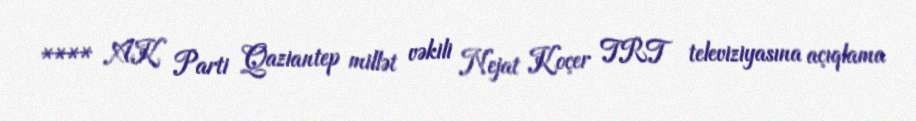
**** AK Parti Qaziantep millət vəkili Nejat Koçer TRT televiziyasına açıqlama